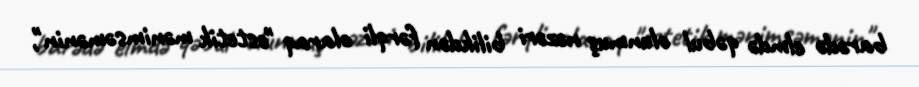
barədə elmdə qəbul olunmuş nəzəri bilikdən fərqli olaraq "estetik mənimsəmənin",